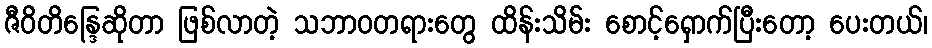
ဇီဝိတိန္ဒြေဆိုတာ ဖြစ်လာတဲ့ သဘာဝတရားတွေ ထိန်းသိမ်း စောင့်ရှောက်ပြီးတော့ ပေးတယ်၊